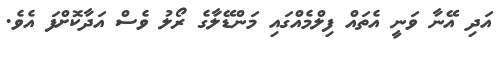
އަދި އޭނާ ވަނީ އެތައް ފިލްމެއްގައި މަންޑޭލާގެ ރޯލު ވެސް އަދާކޮށްފަ އެވެ.